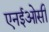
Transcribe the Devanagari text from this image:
एनईओसी